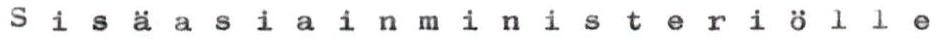
Sisäasiainministeriölle